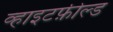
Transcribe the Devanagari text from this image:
व्हाइटफ़ील्ड